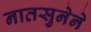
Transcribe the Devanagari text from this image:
नातसुनेने